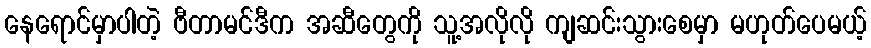
နေရောင်မှာပါတဲ့ ဗီတာမင်ဒီက အဆီတွေကို သူ့အလိုလို ကျဆင်းသွားစေမှာ မဟုတ်ပေမယ့်